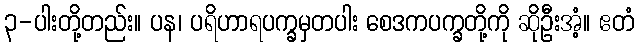
၃-ပါးတို့တည်း။ ပန၊ ပရိဟာရပက္ခမှတပါး စေဒကပက္ခတို့ကို ဆိုဦးအံ့။ ဧတံ